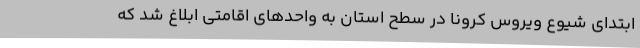
ابتدای شیوع ویروس کرونا در سطح استان به واحدهای اقامتی ابلاغ شد که